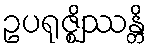
ဥပရုဇ္ဈိဿန္တိ